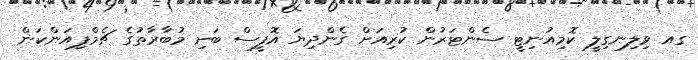
ގއ ވިލިނގިލީ ކޮމިއުނިޓީ ސެންޓަރުން ކުރިއަށް ގެންދިޔަ އޮފީސް ބަށި މުބާރާތުގެ ޗެމްޕިއަންކަން